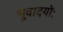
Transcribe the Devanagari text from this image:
भूवादयोः